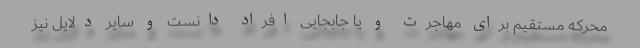
محرکه مستقیم برای مهاجرت و یا جابجایی افراد دانست و سایر دلایل نیز